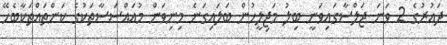
ދައުރުގެ 2 ވަނަ ޖަލްސާގައިވަނީ ބިލު މަޖިލީހުން ބަލައިގަނެ މިނިވަން މުއައްސަސާތަކުގެ ކަންތައްތަކާބެހޭ